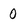
Character: 0